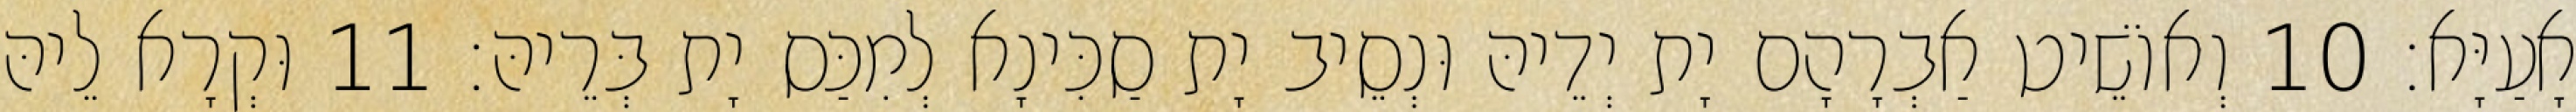
אָעַיָּא׃ 10 וְאוֹשֵׁיט אַבְרָהָם יָת יְדֵיהּ וּנְסֵיב יָת סַכִּינָא לְמִכַּס יָת בְּרֵיהּ׃ 11 וּקְרָא לֵיהּ